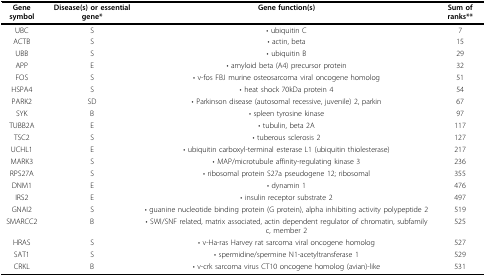
<table><thead><tr><td><b>Gene symbol</b></td><td><b>Disease(s) or essential gene*</b></td><td><b>Gene function(s)</b></td><td><b>Sum of ranks**</b></td></tr></thead><tbody><tr><td>UBC</td><td>S</td><td>• ubiquitin C</td><td>7</td></tr><tr><td>ACTB</td><td>S</td><td>• actin, beta</td><td>15</td></tr><tr><td>UBB</td><td>S</td><td>• ubiquitin B</td><td>29</td></tr><tr><td>APP</td><td>E</td><td>• amyloid beta (A4) precursor protein</td><td>32</td></tr><tr><td>FOS</td><td>S</td><td>• v-fos FBJ murine osteosarcoma viral oncogene homolog</td><td>51</td></tr><tr><td>HSPA4</td><td>S</td><td>• heat shock 70kDa protein 4</td><td>54</td></tr><tr><td>PARK2</td><td>SD</td><td>• Parkinson disease (autosomal recessive, juvenile) 2, parkin</td><td>67</td></tr><tr><td>SYK</td><td>B</td><td>• spleen tyrosine kinase</td><td>97</td></tr><tr><td>TUBB2A</td><td>E</td><td>• tubulin, beta 2A</td><td>117</td></tr><tr><td>TSC2</td><td>S</td><td>• tuberous sclerosis 2</td><td>127</td></tr><tr><td>UCHL1</td><td>E</td><td>• ubiquitin carboxyl-terminal esterase L1 (ubiquitin thiolesterase)</td><td>217</td></tr><tr><td>MARK3</td><td>S</td><td>• MAP/microtubule affinity-regulating kinase 3</td><td>236</td></tr><tr><td>RPS27A</td><td>S</td><td>• ribosomal protein S27a pseudogene 12; ribosomal</td><td>355</td></tr><tr><td>DNM1</td><td>E</td><td>• dynamin 1</td><td>476</td></tr><tr><td>IRS2</td><td>E</td><td>• insulin receptor substrate 2</td><td>497</td></tr><tr><td>GNAI2</td><td>S</td><td>• guanine nucleotide binding protein (G protein), alpha inhibiting activity polypeptide 2</td><td>519</td></tr><tr><td>SMARCC2</td><td>B</td><td>• SWI/SNF related, matrix associated, actin dependent regulator of chromatin, subfamily c, member 2</td><td>525</td></tr><tr><td>HRAS</td><td>S</td><td>• v-Ha-ras Harvey rat sarcoma viral oncogene homolog</td><td>527</td></tr><tr><td>SAT1</td><td>S</td><td>• spermidine/spermine N1-acetyltransferase 1</td><td>529</td></tr><tr><td>CRKL</td><td>B</td><td>• v-crk sarcoma virus CT10 oncogene homolog (avian)-like</td><td>531</td></tr></tbody></table>